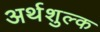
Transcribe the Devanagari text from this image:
अर्थशुल्क